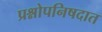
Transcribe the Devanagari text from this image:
प्रश्नोपनिषदात